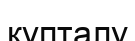
құпталу